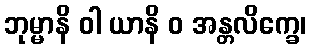
ဘုမ္မာနိ ဝါ ယာနိ ဝ အန္တလိက္ခေ၊